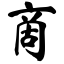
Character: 啇